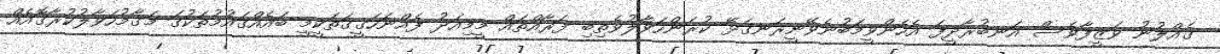
ގެއްލުނު ވަޒީފާވެސް އަނބުރާދީފަ އެހެންވީމަބުނެވޭނީރަނގަޅޭ ކުރަންހަވާލުވެތިބި ފަރާއްތައް މީމިއަދު ފެއްނަހަގީގަތަކީމީ ބައެއްގައުމުތަކުގަ މަގާމުހަވާލުކުރާގޮއެއް